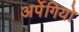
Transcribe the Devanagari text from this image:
अर्पेगियो